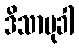
ဒိသာမုခါ